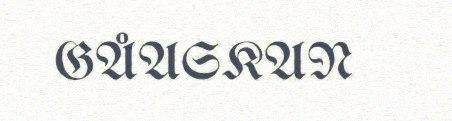
GÅASKAN